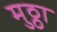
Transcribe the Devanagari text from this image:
मुठ्ठा